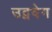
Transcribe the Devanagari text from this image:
उद्ववेग